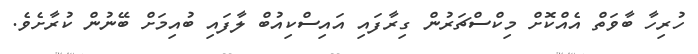
ހުރިހާ ބާވަތް އެއްކޮށް މިކްސްޗަރުން ގިރާފައި އައިސްކިއުބް ލާފައި ބުއިމަށް ބޭނުން ކުރާށެވެ.